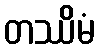
တဿိမံ